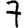
Digit: 7